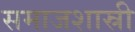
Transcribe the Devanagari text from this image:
समाजशास्री